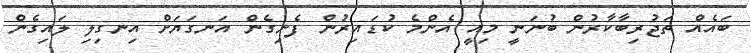
ބައެއް ތަޖުރިބާކާރުން ބުނަނީ މިއީ އެންމެ ކުޑައިރުން ފެށިގެން އަނގަޔަށް އިނގިލި ލައިގެން